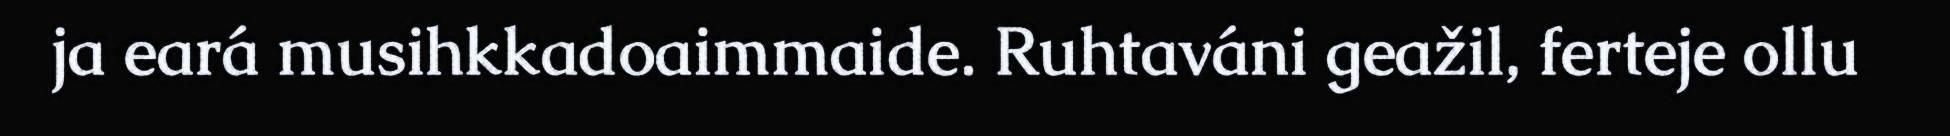
ja eará musihkkadoaimmaide. Ruhtaváni geažil, ferteje ollu